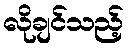
လိုချင်သည့်